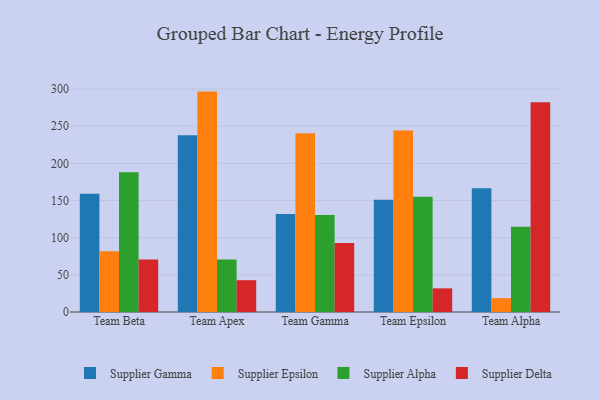
{"axis": {"x": "Team", "y": "Inventory Turnover"}, "legend": ["Supplier Alpha", "Supplier Delta", "Supplier Epsilon", "Supplier Gamma"], "data": [{"x": "Team Beta", "y": 159.3, "type": "Supplier Gamma"}, {"x": "Team Beta", "y": 81.7, "type": "Supplier Epsilon"}, {"x": "Team Beta", "y": 188.0, "type": "Supplier Alpha"}, {"x": "Team Beta", "y": 70.8, "type": "Supplier Delta"}, {"x": "Team Apex", "y": 238.0, "type": "Supplier Gamma"}, {"x": "Team Apex", "y": 296.6, "type": "Supplier Epsilon"}, {"x": "Team Apex", "y": 70.8, "type": "Supplier Alpha"}, {"x": "Team Apex", "y": 42.8, "type": "Supplier Delta"}, {"x": "Team Gamma", "y": 131.8, "type": "Supplier Gamma"}, {"x": "Team Gamma", "y": 240.4, "type": "Supplier Epsilon"}, {"x": "Team Gamma", "y": 130.7, "type": "Supplier Alpha"}, {"x": "Team Gamma", "y": 92.7, "type": "Supplier Delta"}, {"x": "Team Epsilon", "y": 150.9, "type": "Supplier Gamma"}, {"x": "Team Epsilon", "y": 244.1, "type": "Supplier Epsilon"}, {"x": "Team Epsilon", "y": 155.2, "type": "Supplier Alpha"}, {"x": "Team Epsilon", "y": 31.8, "type": "Supplier Delta"}, {"x": "Team Alpha", "y": 166.7, "type": "Supplier Gamma"}, {"x": "Team Alpha", "y": 18.7, "type": "Supplier Epsilon"}, {"x": "Team Alpha", "y": 114.7, "type": "Supplier Alpha"}, {"x": "Team Alpha", "y": 282.4, "type": "Supplier Delta"}]}